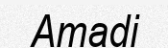
Amadi